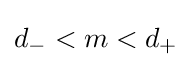
d_{-}<m<d_{+}